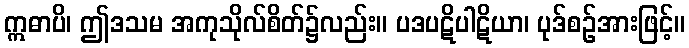
ဣဓာပိ၊ ဤဒသမ အကုသိုလ်စိတ်၌လည်း။ ပဒပဋိပါဋိယာ၊ ပုဒ်စဉ်အားဖြင့်။